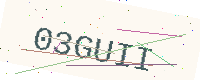
Text: 03GUII